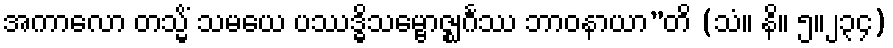
အကာလော တသ္မိံ သမယေ ပဿဒ္ဓိသမ္ဗောဇ္ဈင်္ဂဿ ဘာဝနာယာ”တိ (သံ။ နိ။ ၅။၂၃၄)